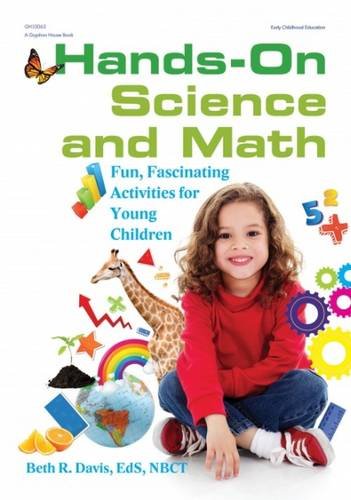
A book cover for Hands-On Science and Math: Fun, Fascinating Activities for Young Children; Beth R. Davies; Science & Math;